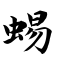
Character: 蜴